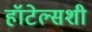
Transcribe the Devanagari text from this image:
हॉटेल्सशी